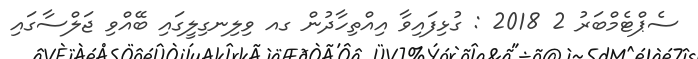
ސެޕްޓެމްބަރު 2 2018 : ގުޅިފައިވާ އިއްތިހާދުން ގއ ވިލިނގިލީގައި ބޭއްވި ޖަލްސާގައި